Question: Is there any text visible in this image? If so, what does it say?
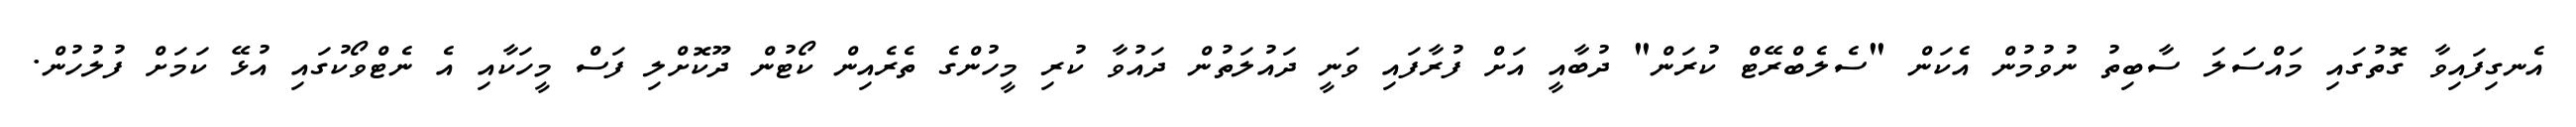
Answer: އެނގިފައިވާ ގޮތުގައި މައްސަލަ ސާބިތު ނުވުމުން އެކަން "ސެލެބްރޭޓް ކުރަން" ދުބާއީ އަށް ފުރާފައި ވަނީ ދައުލަތުން ދައުވާ ކުރި މީހުންގެ ތެރެއިން ކޯޓުން ދޫކޮށްލި ފަސް މީހަކާއި އެ ނެޓްވޯކުގައި އުޅޭ ކަމަށް ފުލުހުން.